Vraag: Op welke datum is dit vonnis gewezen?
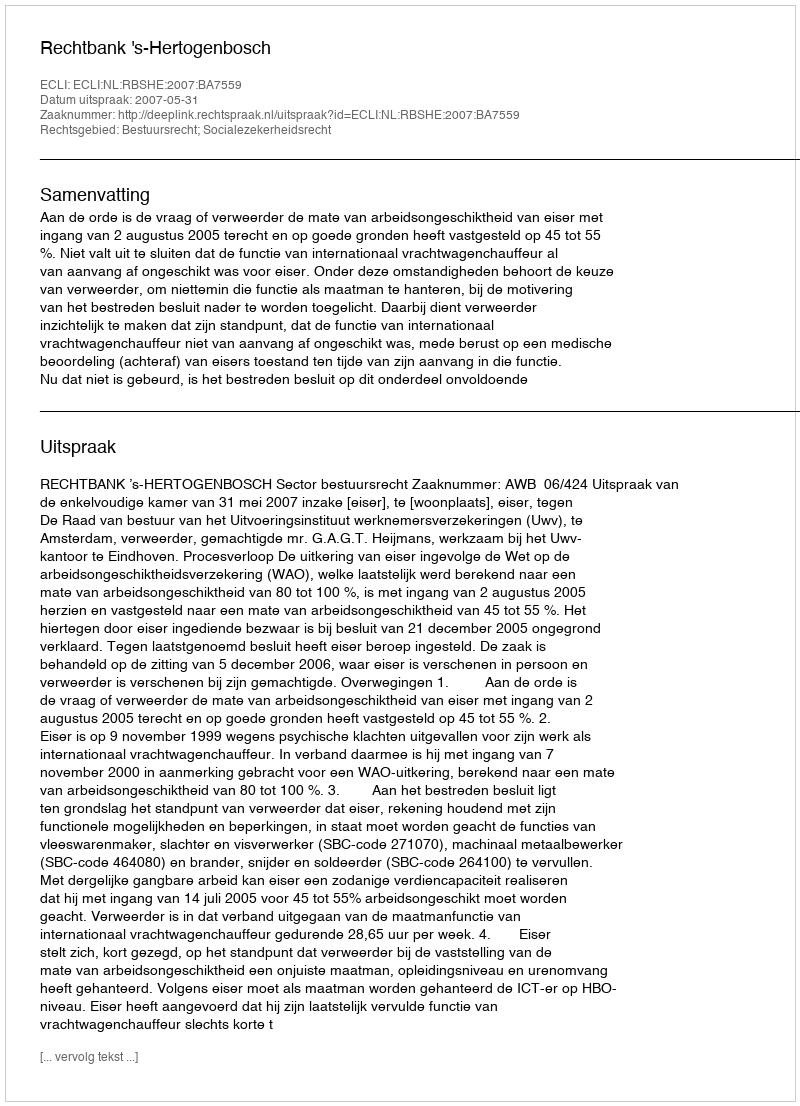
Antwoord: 2007-05-31